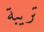
تريبة